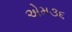
એમ૩૬